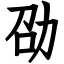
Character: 劭